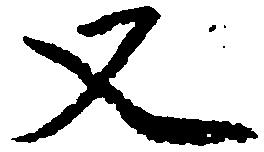
又